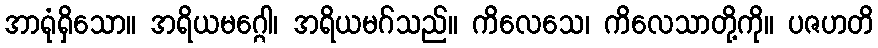
အာရုံရှိသော။ အရိယမဂ္ဂေါ၊ အရိယမဂ်သည်။ ကိလေသေ၊ ကိလေသာတို့ကို။ ပဇဟတိ